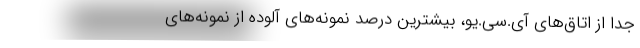
جدا از اتاق‌های آی.سی.یو، بیشترین درصد نمونه‌های آلوده از نمونه‌های